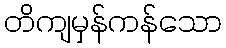
တိကျမှန်ကန်သော